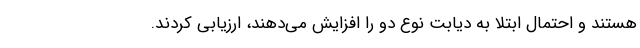
هستند و احتمال ابتلا به دیابت نوع دو را افزایش می‌دهند، ارزیابی کردند.